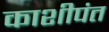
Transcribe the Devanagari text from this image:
काशीपंत